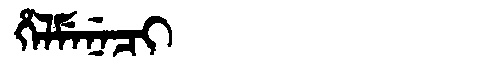
Manchu: ᡥᡝᠯᠮᡝᠨᡝᠴᡳ
Romanization: HELMENECI